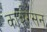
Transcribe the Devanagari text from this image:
कार्बरसन